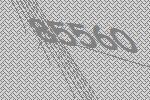
85560